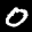
Label: 0